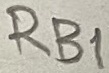
Text: RB1